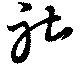
社